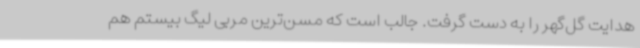
هدایت گل‌گهر را به دست گرفت. جالب است که مسن‌ترین مربی لیگ بیستم هم